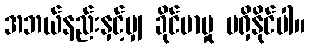
အဘယ်နည်းနှင့်မျှ ခိုင်မာမှု မရှိနိုင်ပါ။